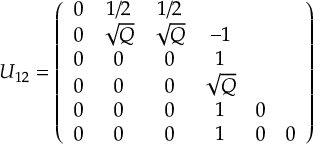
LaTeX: U _ { 1 2 } = \left( \begin{array} { c c c c c c c } { { 0 } } & { { 1 / 2 } } & { { 1 / 2 } } \\ { { 0 } } & { { \sqrt { Q } } } & { { \sqrt { Q } } } & { { - 1 } } \\ { { 0 } } & { { 0 } } & { { 0 } } & { { 1 } } \\ { { 0 } } & { { 0 } } & { { 0 } } & { { \sqrt { Q } } } & { { } } \\ { { 0 } } & { { 0 } } & { { 0 } } & { { 1 } } & { { 0 } } \\ { { 0 } } & { { 0 } } & { { 0 } } & { { 1 } } & { { 0 } } & { { 0 } } \end{array} \right)